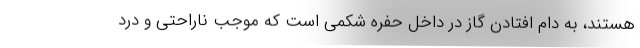
هستند، به دام افتادن گاز در داخل حفره شکمی است که موجب ناراحتی و درد